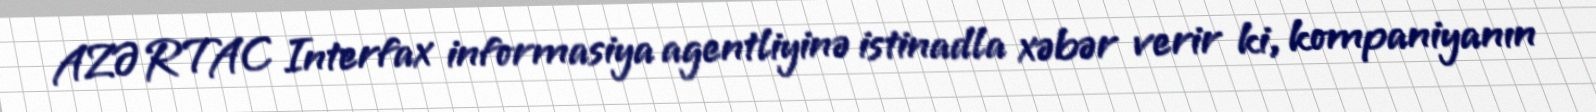
AZƏRTAC Interfax informasiya agentliyinə istinadla xəbər verir ki, kompaniyanın